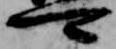
可